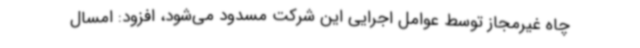
چاه غیرمجاز توسط عوامل اجرایی این شرکت مسدود می‌شود، افزود: امسال